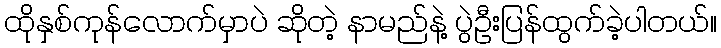
ထိုနှစ်ကုန်လောက်မှာပဲ ဆိုတဲ့ နာမည်နဲ့ ပွဲဦးပြန်ထွက်ခဲ့ပါတယ်။